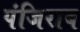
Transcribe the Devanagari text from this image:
पंजिराब